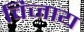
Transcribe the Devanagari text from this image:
विजाय